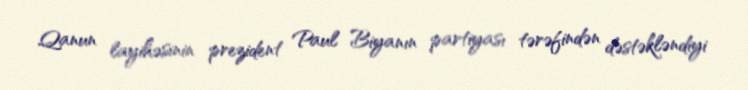
Qanun layihəsinin prezident Paul Biyanın partiyası tərəfindən dəstəkləndiyi